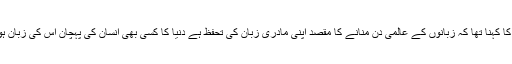
مقررین کا کہنا تھا کہ زبانوں کے عالمی دن منانے کا مقصد اپنی مادری زبان کی تحفظ ہے دنیا کا کسی بھی انسان کی پہچان اس کی زبان ہوتی ہے۔